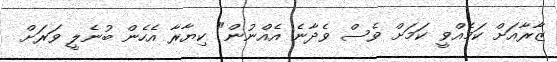
ޒާރާއަށް ކަމެއްވީ ކަމަށް ވެސް ވެދާނެ އެއްނުން" ކިޔާރާ އެހެން ބުނެލީ ވަރަށް